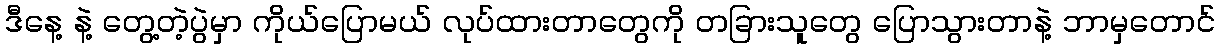
ဒီနေ့ နဲ့ တွေ့တဲ့ပွဲမှာ ကိုယ်ပြောမယ် လုပ်ထားတာတွေကို တခြားသူတွေ ပြောသွားတာနဲ့ ဘာမှတောင်